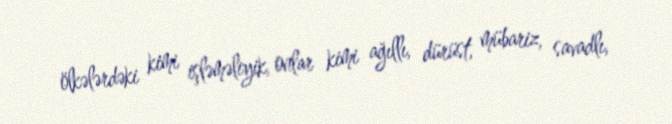
ölkələrdəki kimi işləməliyik, onlar kimi ağıllı, dürüst, mübariz, savadlı,